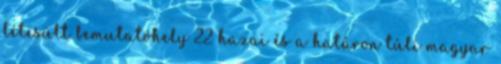
létesült bemutatóhely 22 hazai és a határon túli magyar